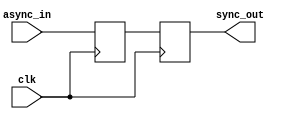
module MasterSlaveFFSynchronizer (
    input wire clk,       // Clock signal
    input wire async_in,  // Asynchronous input signal
    output reg sync_out   // Synchronized output signal
);

// Internal signal for master flip-flop output
reg master_ff;

// Master Flip-Flop: Captures the asynchronous input on the rising edge of the clock
always @(posedge clk) begin
    master_ff <= async_in;  // Sample async input
end

// Slave Flip-Flop: Captures the master output on the falling edge of the clock
always @(negedge clk) begin
    sync_out <= master_ff;   // Transfer master output to sync output
end

endmodule